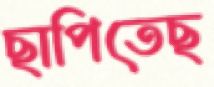
ছাপিতেছ